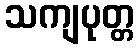
သကျပုတ္တ